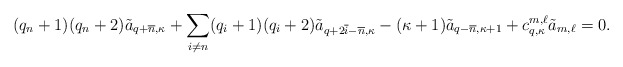
\begin{align*}(q_n +1) (q_n +2) \tilde a_{q+ \overline{n}, \kappa} + \sum_{i \neq n} (q_i + 1) (q_i + 2) \tilde a_{q+ 2 \overline{i} - \overline{n}, \kappa} - (\kappa+1) \tilde a_{q- \overline{n}, \kappa+1} + c^{m,\ell} _{q,\kappa} \tilde a_{m,\ell}= 0.\end{align*}